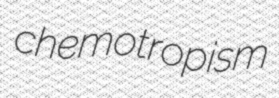
chemotropism